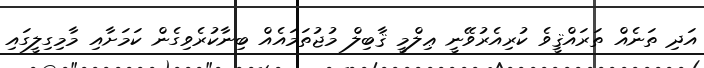
އަދި ތަނެއް ތަރައްޤީވެ ކުރިއެރުވޭނީ ޢިލްމީ ޤާބިލް މުޖުތަމައެއް ބިނާކުރެވިގެން ކަމަށާއި މާމިގިލީގައި